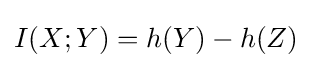
I(X;Y)=h(Y)-h(Z)\,\!